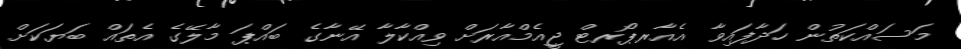
މަސައްކަތުން ހަދާފައިވާ އެއާރޕޯރޓް ޖީއެމްއާރަށް ވިއްކާލާ އޭނާގެ ބައްޕަ މާލޭގެ އެތައް ބަޔަކަށް